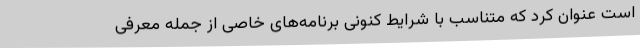
است عنوان کرد که متناسب با شرایط کنونی برنامه‌های خاصی از جمله معرفی